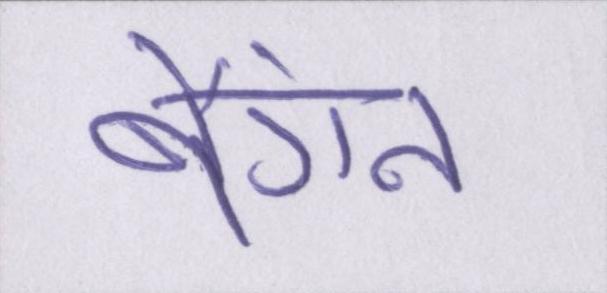
बैंगन